65_HS1-834228961_62-HQ-83894_Section_2
Agency: FBI
Page 58
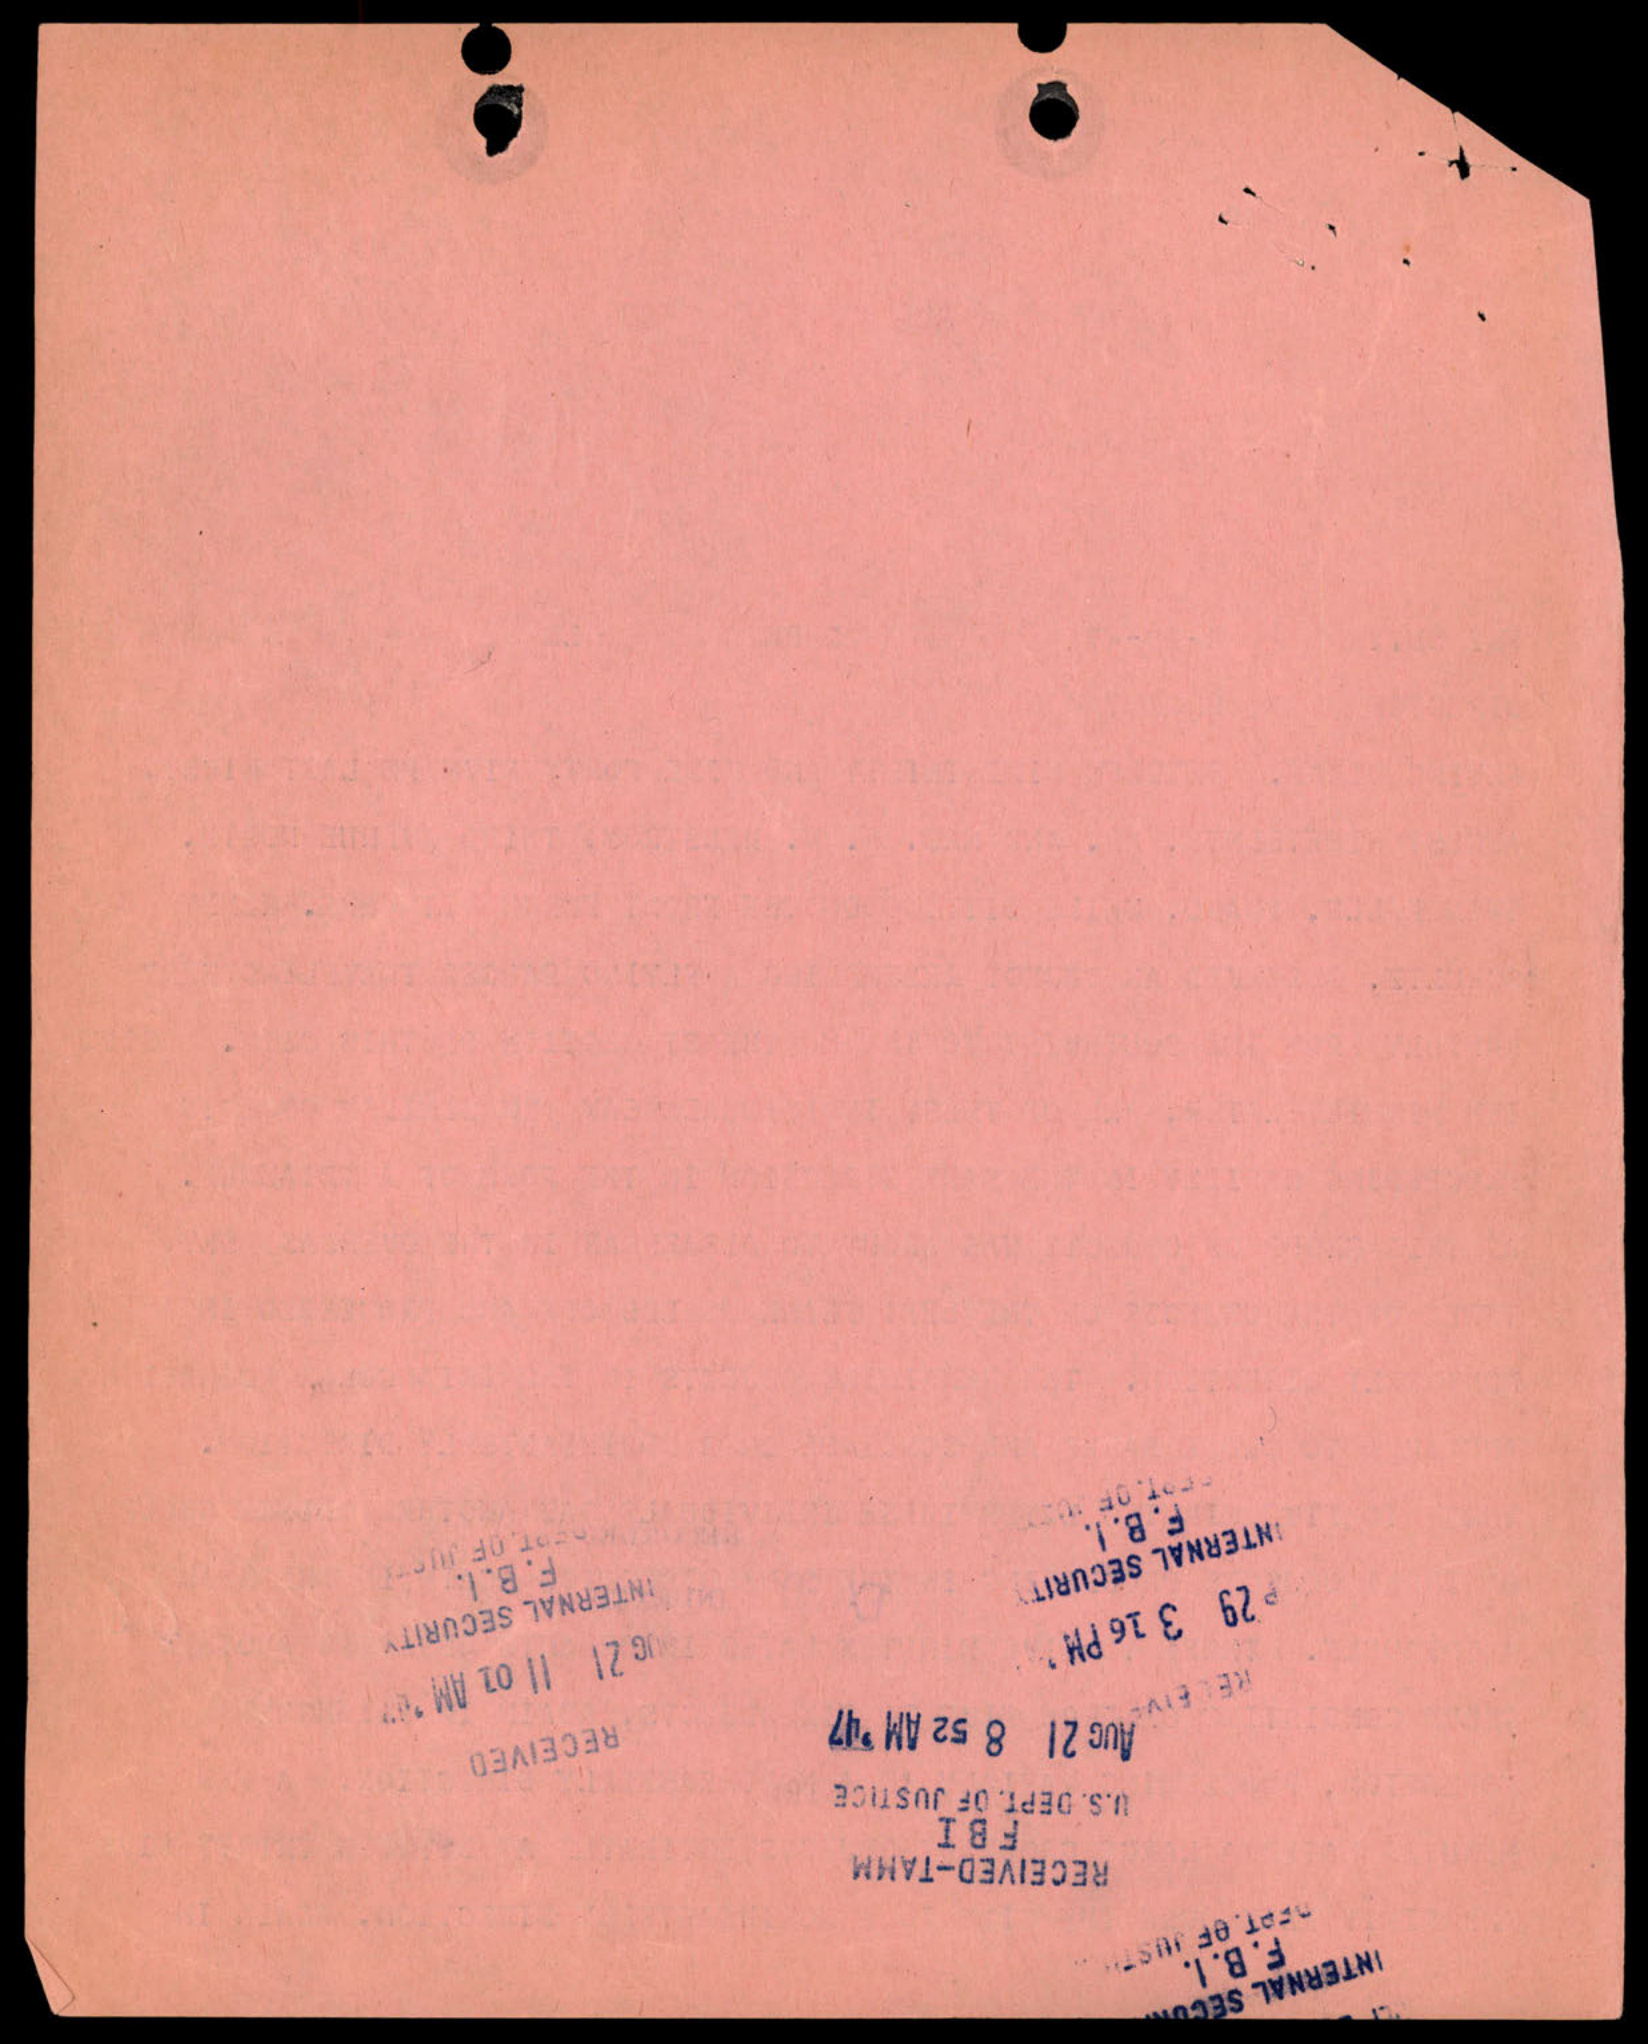